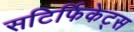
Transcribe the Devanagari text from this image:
सटिर्फिकेट्स